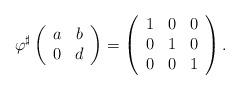
LaTeX: \begin{align*}\varphi^\sharp\left(\begin{array}{c c} a & b \\ 0 & d \end{array}\right) = \left(\begin{array}{c c c} 1 & 0 & 0 \\ 0 & 1& 0 \\ 0 & 0 & 1 \end{array} \right) . \end{align*}